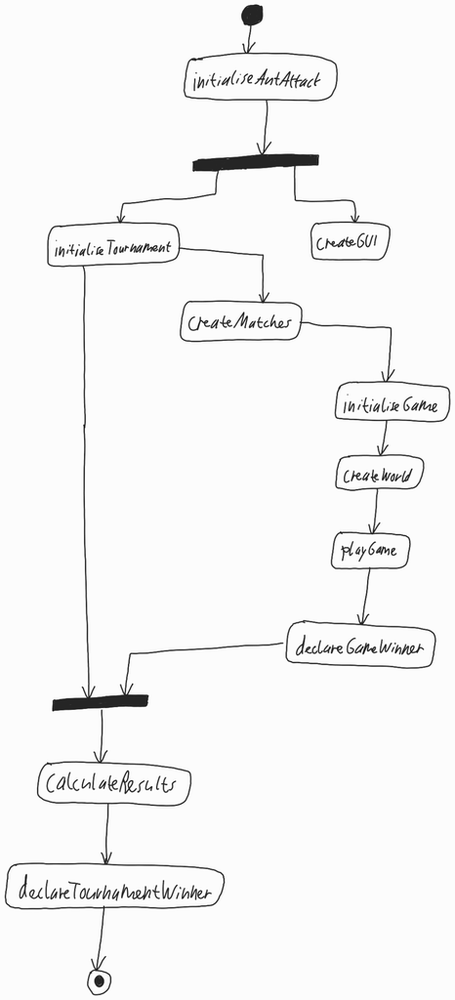
Diagram type: activity_diagram
```plantuml
@startuml

start

:initialiseAntAttack;

fork
  :initialiseTournament;
  split
  split again
    :createMatches;
    :initialiseGame;
    :createWorld;
    :playGame;
    :declareGameWinner;
  end split
fork again
  :createGUI;
  detach
end fork

:calculateResults;

:declareTournamentWinner;

stop

@enduml
```